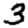
Digit: 3